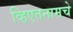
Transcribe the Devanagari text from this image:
व्हिएतनामचे